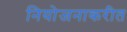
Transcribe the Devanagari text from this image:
नियोजनाकरीत